Leaving Certificate Examination, 1922
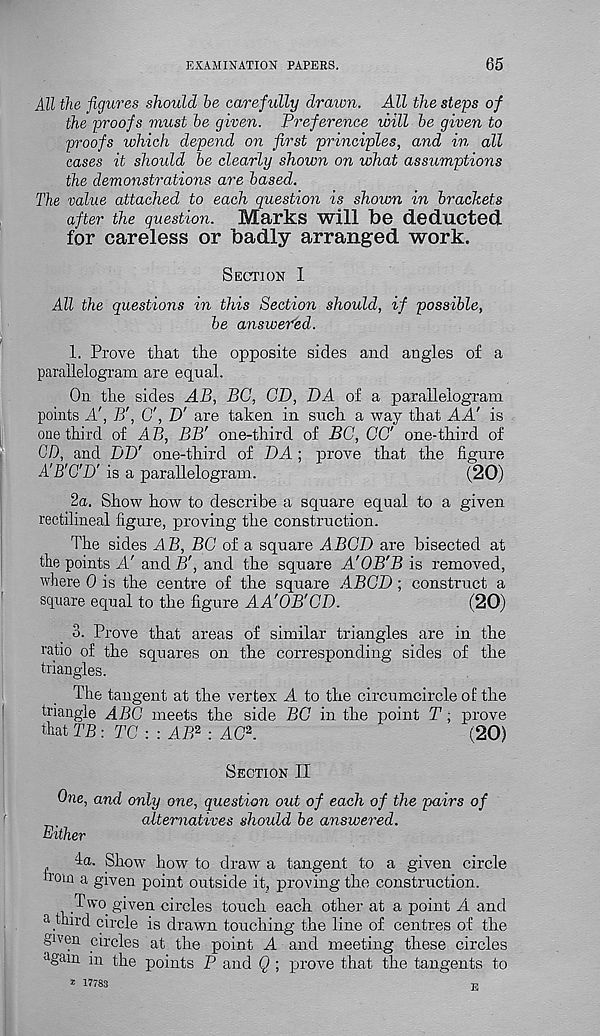
EXAMINATION PAPERS.
65
All the figures should he carefully drawn. All the steps of
the proofs must be given. Preference will be given to
proofs which depend on first principles, and in all
cases it should be clearly shown on what assumptions
the demonstrations are based.
The value attached to each question is shown in brackets
after the question. Marks will be deducted
for careless or badly arranged work.
Section I
All the questions in this Section should, if possible,
be answered.
1. Prove that the opposite sides and angles of a
parallelogram are equal.
On the sides AB, BG, CD, DA of a parallelogram
points A', B', O', D' are taken in such a way that AA' is
one third of AB, BB' one-third of BC, CO' one-third of
CD, and DT)' one-third of DA ; prove that the figure
A'B'C'D' is a parallelogram.
(20)
2a. Show how to describe a square equal to a given
rectilineal figure, proving the construction.
The sides A B, BC of a square ABGD are bisected at
the points A' and B', and the square A'OB'B is removed,
where 0 is the centre of the square ABGD ; construct a
square equal to the figure AA'OB'GD.
(20)
3. Prove that areas of similar triangles are in the
ratio of the squares on the corresponding sides of the
triangles.
The tangent at the vertex A to the circumcircle of the
triangle ABC meets the side BG in the point T; prove
that TB: TG : : AB 2 : AC 2 .
(20)
Section II
One, and only one, question out of each of the pairs of
alternatives should be answered.
Either
4a. Show how to draw a tangent to a given circle
irom a given point outside it, proving the construction.
.Two given circles touch each other at a point A and
a third circle is drawn touching the line of centres of the
given circles at the point A and meeting these circles
again in the points P and Q ; prove that the tangents to
* 17783
7?